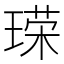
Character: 𪛞